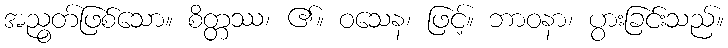
အညွတ်ဖြစ်သော။ စိတ္တဿ၊ ၏။ ဝသေန၊ ဖြင့်။ ဘာဝနာ၊ ပွားခြင်းသည်။